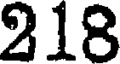
218